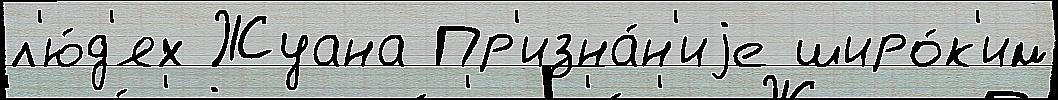
л'ю́д'ях Жуана Пр'изна́н'иjе широ́к'им